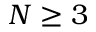
N \geq 3